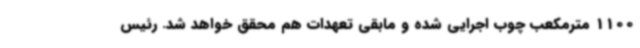
1100 مترمکعب چوب اجرایی شده و مابقی تعهدات هم محقق خواهد شد. رئیس